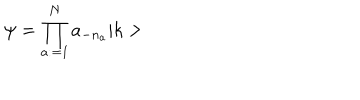
\psi = \prod _ { a : = 1 } ^ { N } a _ { - n _ { a } } \vert k >